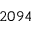
2 0 9 4